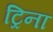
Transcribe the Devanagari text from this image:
ट्रिना